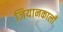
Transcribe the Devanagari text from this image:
जियानकार्लो